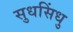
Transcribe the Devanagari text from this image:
सुधसिंधु